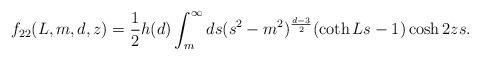
LaTeX: \begin{align*}f_{22}(L,m,d,z)=\frac{1}{2}h(d)\int_{m}^{\infty}ds(s^2-m^2)^{\frac{d-3}{2}}(\coth Ls-1)\cosh 2zs.\end{align*}